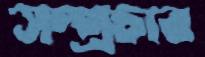
সম্প্রচার